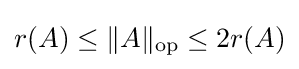
r(A)\leq \|A\|_{\operatorname {op} }\leq 2r(A)